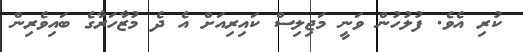
ކުރި އެވެ. ފުލުހުން ވަނީ މަޖިލިސް ކައިރިއަށް އެ ދެ މުޒާހަރާގެ ބައިވެރިން